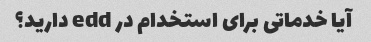
آیا خدماتی برای استخدام در edd دارید؟